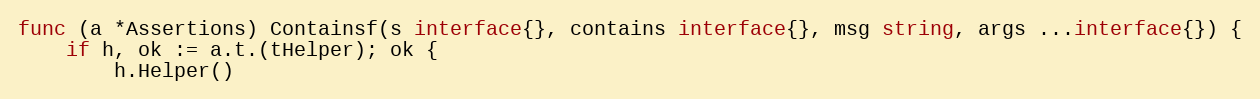
Language: Go
func (a *Assertions) Containsf(s interface{}, contains interface{}, msg string, args ...interface{}) {
	if h, ok := a.t.(tHelper); ok {
		h.Helper()